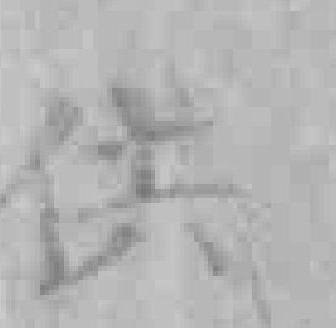
供